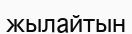
жылайтын